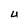
Character: U